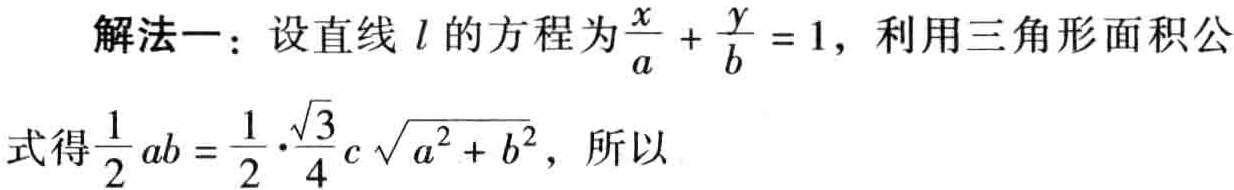
解法一：设直线 \(l\) 的方程为\(\frac{x}{a} + \frac{y}{b} = 1\)，利用三角形面积公式得\(\frac{1}{2} ab = \frac{1}{2} \cdot \frac{\sqrt{3}}{4} c \sqrt{a^{2} + b^{2}}\)，所以